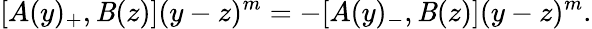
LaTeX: [A(y)_{+},\mathit{B}(z)](y-z)^{m}=-[A(y)_{-},\mathit{B}(z)](y-z)^{m}.